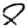
Digit: 8